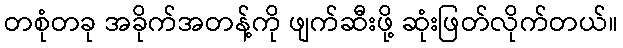
တစုံတခု အခိုက်အတန့်ကို ဖျက်ဆီးဖို့ ဆုံးဖြတ်လိုက်တယ်။